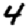
Digit: 4